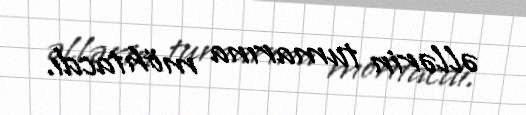
əllərin tumarına möhtacdı.